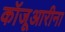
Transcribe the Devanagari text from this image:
कॉजूआरीना